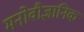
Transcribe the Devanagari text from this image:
मनोवौज्ञानिक